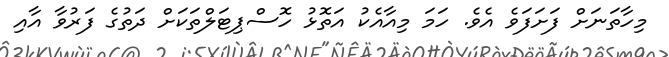
މިހާތަނަށް ފަށަފަވެ އެވެ. ހަމަ މިއާއެކު އަތޮޅު ހޮސްޕިޓަލްތަކަށް ދަތުގެ ފަރުވާ އާއި